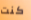
كنت